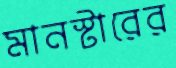
মানস্টারের